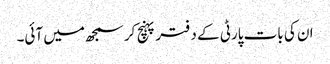
ان کی بات پارٹی کے دفتر پہنچ کر سمجھ میں آئی۔